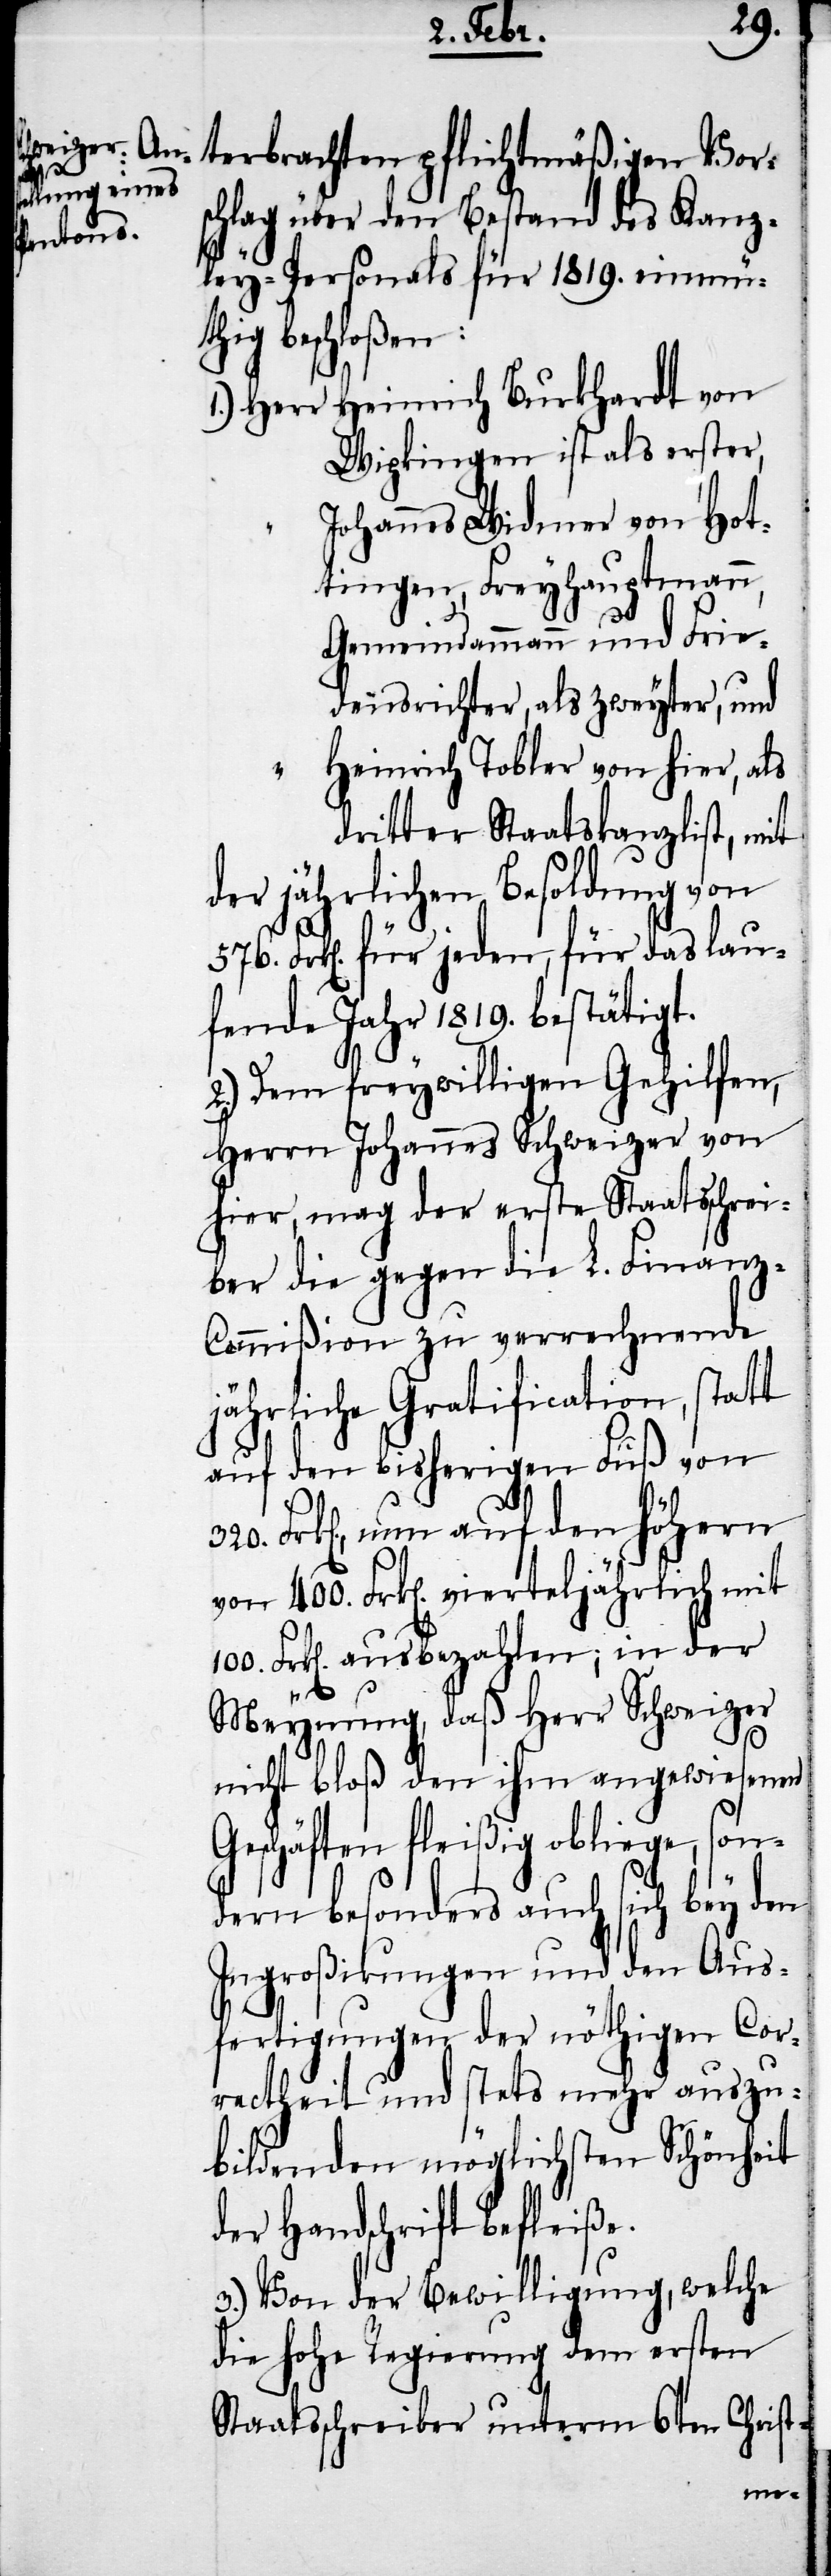
terbrachten pflichtmäßigen Vors¬
chlag über den Bestand des Kanz¬
ley-Personals für 1819. einmüt¬
hig beschloßen:
Heinrich Burkhardt von
Wipkingen ist als erster,
Johannes Widmer von Hot¬
tingen, Freyhauptmann,
Gemeindammann und Frie¬
densrichter, als zweyter, und
Heinrich Tobler von hier, als
dritter Staatskanzlist, mit
der jährlichen Besoldung von
Frk[en]. für jeden, für das lau¬
fende Jahr 1819. bestätigt.
2.) Dem freywilligen Gehilfen,
Herrn Johannes Schweizer von
hier, mag der erste Staatsschrei¬
ber die gegen die L. Finanz-C¬
ommißion zu verrechnende
jährliche Gratification, statt
auf den bisherigen Fuß von
320. Frk[en]., um auf den höhern
von 400. Frk[en]. vierteljährlich mit
100. Frk[en]. ausbezahlen; in der
Meynung, daß Herr Schweizer
nicht bloß den ihm angewiesenen
Geschäften fleißig obliege, son¬
dern besonders auch sich bey den
Ingroßirungen und den Aus¬
fertigungen der nöthigen Cor¬
rectheit und stets mehr auszu¬
bildenden möglichsten Schönheit
der Handschrift befleiße.
3.) Von der Bewilligung, welche
die hohe Regierung dem ersten
Staatsschreiber unterm 6ten Christ-